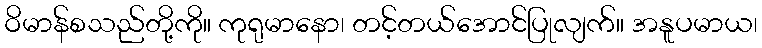
ဝိမာန်စသည်တို့ကို။ ကုရုမာနော၊ တင့်တယ်အောင်ပြုလျက်။ အနူပမာယ၊